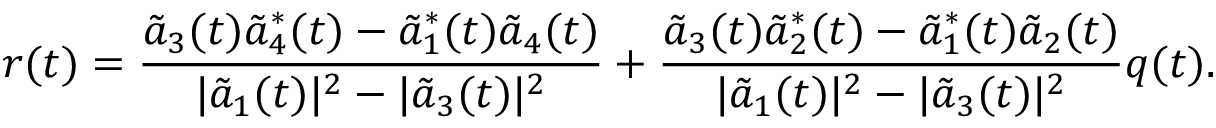
r ( t ) = \frac { \tilde { a } _ { 3 } ( t ) \tilde { a } _ { 4 } ^ { * } ( t ) - \tilde { a } _ { 1 } ^ { * } ( t ) \tilde { a } _ { 4 } ( t ) } { | \tilde { a } _ { 1 } ( t ) | ^ { 2 } - | \tilde { a } _ { 3 } ( t ) | ^ { 2 } } + \frac { \tilde { a } _ { 3 } ( t ) \tilde { a } _ { 2 } ^ { * } ( t ) - \tilde { a } _ { 1 } ^ { * } ( t ) \tilde { a } _ { 2 } ( t ) } { | \tilde { a } _ { 1 } ( t ) | ^ { 2 } - | \tilde { a } _ { 3 } ( t ) | ^ { 2 } } q ( t ) .